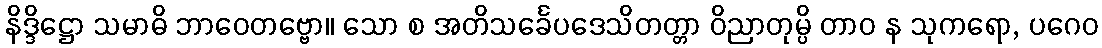
နိဒ္ဒိဋ္ဌော သမာဓိ ဘာဝေတဗ္ဗော။ သော စ အတိသင်္ခေပဒေသိတတ္တာ ဝိညာတုမ္ပိ တာဝ န သုကရော, ပဂေဝ